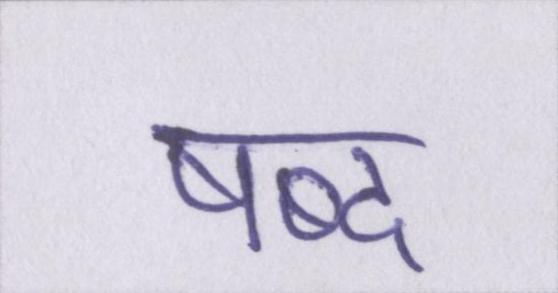
षब्द